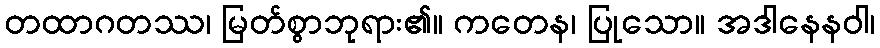
တထာဂတဿ၊ မြတ်စွာဘုရား၏။ ကတေန၊ ပြုသော။ အဒါနေနဝါ၊